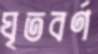
ঘৃতবর্ণ